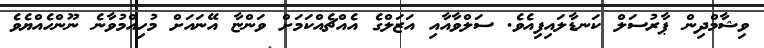
ވިޝާމްދިން ޕާރުސަލް ކަނޑާލައިފިއެވެ. ސަލްވާއާއި އަޒަލްގެ އެއްޗެއްކަމަށް ވަންޏާ އޭނައަށް މުހިއްމުވާނެ ނޫންހެއްޔެވެ